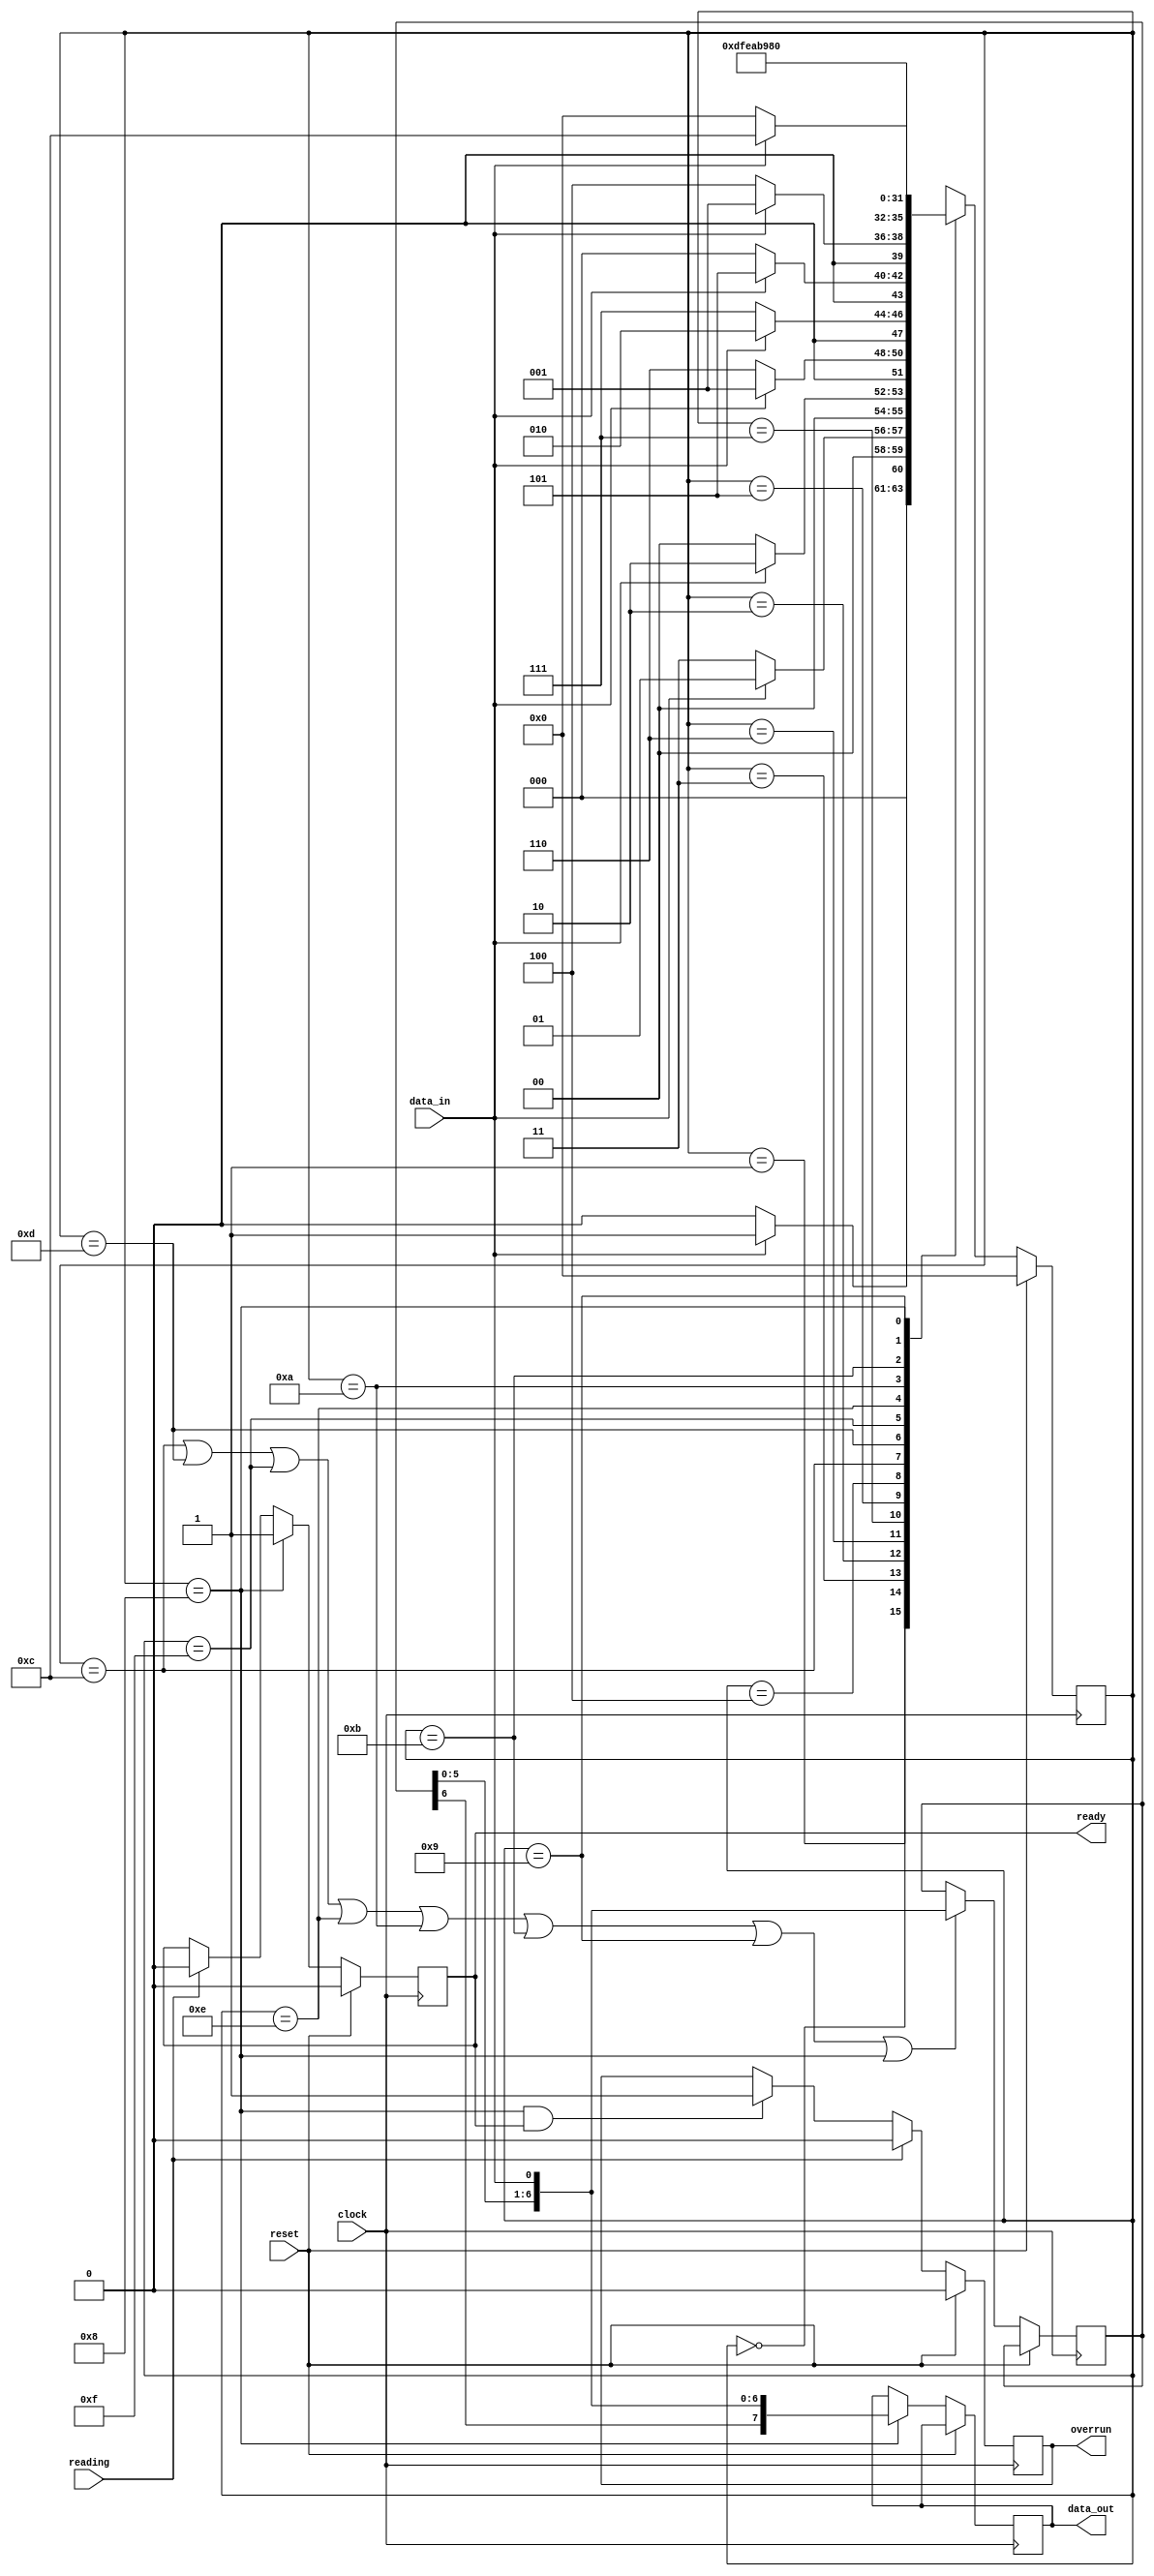
module rcvr
(
  input  wire      clock   ,
  input  wire      reset   ,
  input  wire      data_in ,
  input  wire      reading ,
  output reg       ready   ,
  output reg       overrun ,
  output reg [7:0] data_out
);

  // For proper operation the FSM must hard-code the MATCH
  localparam [7:0] MATCH = 8'hA5 ; // 10100101

  reg [3:0] state, nstate ;

  // Opportunity for Gray encoding as path is mostly linear
  localparam [3:0] HEAD1=4'b0000, HEAD2=4'b0001, HEAD3=4'b0011, HEAD4=4'b0010,
                   HEAD5=4'b0110, HEAD6=4'b0111, HEAD7=4'b0101, HEAD8=4'b0100,
                   BODY1=4'b1100, BODY2=4'b1101, BODY3=4'b1111, BODY4=4'b1110,
                   BODY5=4'b1010, BODY6=4'b1011, BODY7=4'b1001, BODY8=4'b1000;

  reg [6:0] body_reg ;

  always @(posedge clock)
    if (reset) begin
      state <= HEAD1 ;
      end
    else begin
      state <= nstate ;
      end

  always @(posedge clock) begin
    if (reset) begin
      ready <= 0 ;
      overrun <= 0 ;
    end else begin
        // IF STATE IS BODY? THEN SHIFT DATA INPUT LEFT INTO BODY REGISTER
        if (state==BODY1 || state==BODY2 || state==BODY3 || state==BODY4
         || state==BODY5 || state==BODY6 || state==BODY7 || state==BODY8)
         body_reg <= { body_reg, data_in } ;

        // IF STATE IS BODY8 THEN COPY CONCATENATION OF BODY REGISTER AND INPUT
        // DATA TO OUTPUT REGISTER
        if (state==BODY8) data_out <= { body_reg, data_in } ;

        // IF STATE IS BODY8 THEN SET READY ELSE IF READING THEN CLEAR READY
        if (state == BODY8) ready <= 1; else if (reading) ready <= 0;

        // IF READING THEN CLEAR OVERRUN, ELSE
        // IF STATE IS BODY8 AND STILL READY THEN SET OVERRUN
        if (reading) overrun <= 0; else if (state == BODY8 && ready) overrun <= 1;
    end
  end

  always @(*)
    case (state)
        HEAD1 : nstate = ( data_in ) ? HEAD2 : HEAD1 ; // 1-------
        HEAD2 : nstate = (!data_in ) ? HEAD3 : HEAD2 ; // 10------ 11------
        HEAD3 : nstate = ( data_in ) ? HEAD4 : HEAD1 ; // 101----- 100-----
        HEAD4 : nstate = (!data_in ) ? HEAD5 : HEAD2 ; // 1010---- 1011----
        HEAD5 : nstate = (!data_in ) ? HEAD6 : HEAD4 ; // 10100--- 10101---
        HEAD6 : nstate = ( data_in ) ? HEAD7 : HEAD1 ; // 101001-- 101000--
        HEAD7 : nstate = (!data_in ) ? HEAD8 : HEAD2 ; // 1010010- 1010011-
        HEAD8 : nstate = ( data_in ) ? BODY1 : HEAD1 ; // 10100101 10100100
        BODY1 : nstate = BODY2 ;
        BODY2 : nstate = BODY3 ;
        BODY3 : nstate = BODY4 ;
        BODY4 : nstate = BODY5 ;
        BODY5 : nstate = BODY6 ;
        BODY6 : nstate = BODY7 ;
        BODY7 : nstate = BODY8 ;
        BODY8 : nstate = HEAD1 ;
    endcase

endmodule